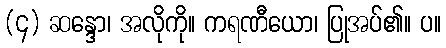
(၄) ဆန္ဒော၊ အလိုကို။ ကရဏီယော၊ ပြုအပ်၏။ ပ။